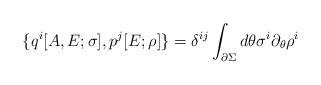
LaTeX: \begin{align*}\{q^i[A,E;\sigma],p^j[E;\rho]\} = \delta^{ij}\int_{\partial\Sigma} d\theta \sigma^i\partial_\theta\rho^i\end{align*}